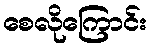
စေလိုကြောင်း